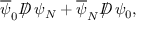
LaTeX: \overline { { { \psi } } } _ { 0 } D \! \! \! \! / \ \psi _ { N } + \overline { { { \psi } } } _ { N } D \! \! \! \! / \ \psi _ { 0 } ,